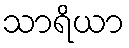
သာရိယာ